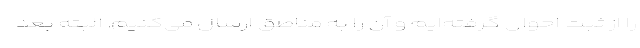
را از ثبت احوال گرفته‌ایم و آن را به مناطق ارسال می‌کنیم. البته بعد